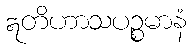
ဣတိဟာသပဉ္စမာနံ